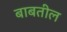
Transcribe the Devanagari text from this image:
बाबतील